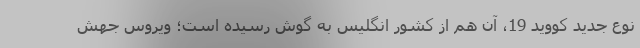
نوع جدید کووید 19، آن هم از کشور انگلیس به گوش رسیده است؛ ویروس جهش